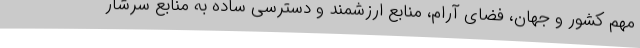
مهم کشور و جهان، فضای آرام، منابع ارزشمند و دسترسی ساده به منابع سرشار